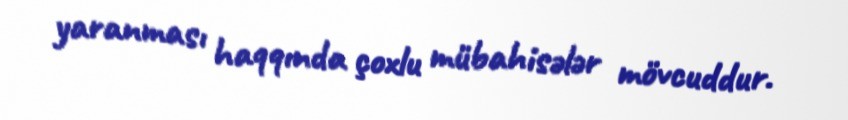
yaranması haqqında çoxlu mübahisələr mövcuddur.